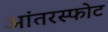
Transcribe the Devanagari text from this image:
आंतरस्फोट